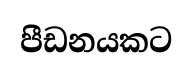
පීඩනයකට